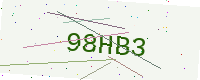
Text: 98HB3